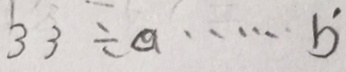
3 3 \div a \cdots b ^ { \prime }